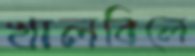
খালবিলে